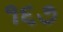
૧૬૭